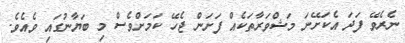
ނެރެވޭ ފަދަ އެކަށޭނަ މަޝްވަރާތަކެއް ފަށަން ޖެހޭ ކަމަށްވެސް މި ބަޔާނުގައި ވެއެވެ.